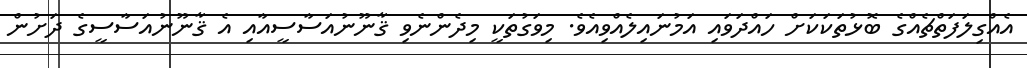
އެއްގިލަފަތްޗެއްގެ ބޮޅުތަކަކަށް ހައްދަވައި އަމުނައިލެއްވިއެވެ. މިވަގުތަކީ މިދެންނެވި ޤާނޫނުއަސާސީއާއި އެ ޤާނޫނުއަސާސީގެ ދަށުން